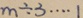
m \div 3 \cdots 1